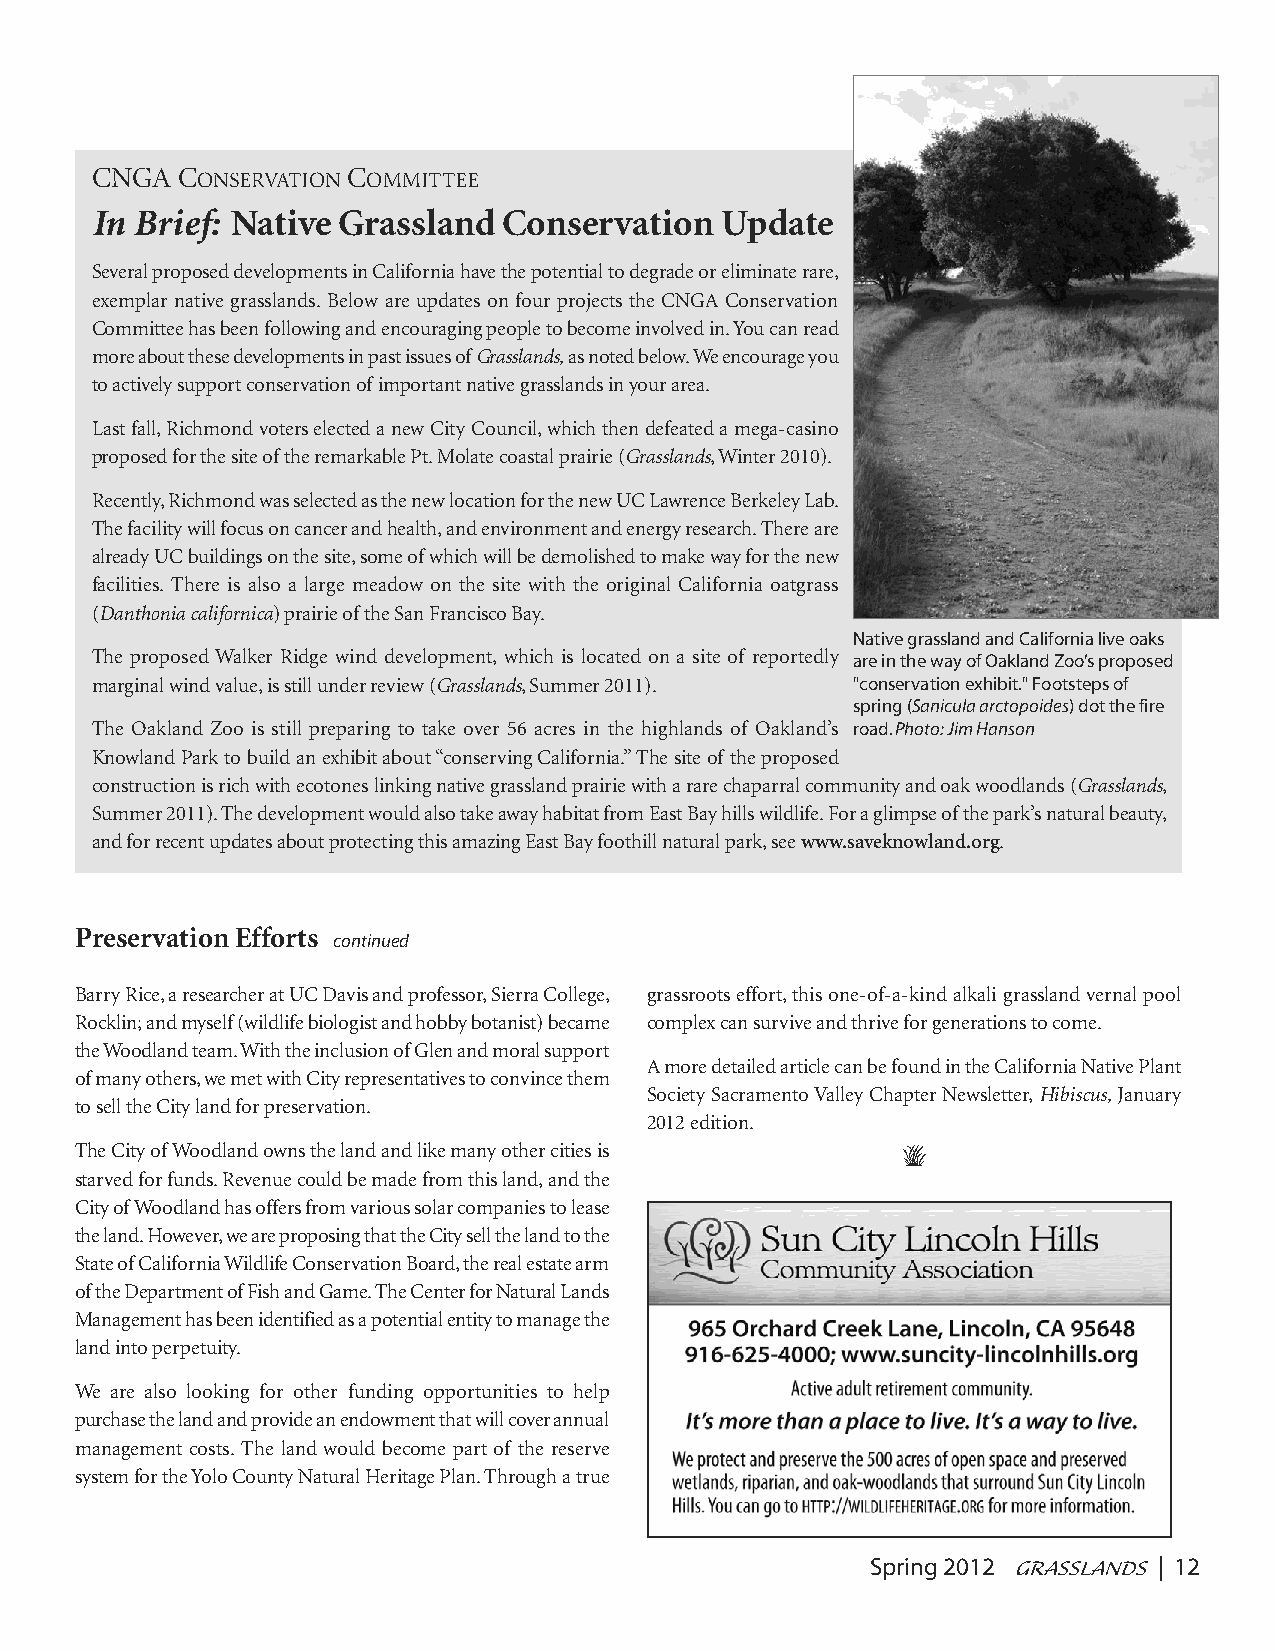
CNGA  CONSERVATION COMMITTEE
 In Brief: Native Grassland Conservation   Update
 Several proposed developments in California have the potential to degrade or eliminate rare,
 exemplar native grasslands. Below are updates on four projects the CNGA Conservation
 Committee has been following and encouraging people to become involved in. You can read
 more about these developments in past issues of Grasslands,as noted below. We encourage you
 to actively support conservation of important native grasslands in your area.
 Last fall, Richmond voters elected a new City Council, which then defeated a mega-casino
 proposed for the site of the remarkable Pt. Molate coastal prairie (Grasslands, Winter 2010).
 Recently, Richmond was selected as the new location for the new UC Lawrence Berkeley Lab.
 The facility will focus on cancer and health, and environment and energy research. There are
 already UC buildings on the site, some of which will be demolished to make way for the new
 facilities. There is also a large meadow on the site with the original California oatgrass
 (Danthonia californica) prairie of the San Francisco Bay.
 Native grassland and California live oaks
 The proposed Walker Ridge wind development, which is located on a site of reportedly are in the way of Oakland Zoo’s proposed
 marginal wind value, is still under review (Grasslands, Summer 2011). "conservation exhibit." Footsteps of
 spring (Sanicula arctopoides) dot the fire
 The Oakland Zoo is still preparing to take over 56 acres in the highlands of Oakland’s road. Photo: Jim Hanson
 Knowland Park to build an exhibit about “conserving California.” The site of the proposed
 construction is rich with ecotones linking native grassland prairie with a rare chaparral community and oak woodlands (Grasslands,
 Summer 2011). The development would also take away habitat from East Bay hills wildlife. For a glimpse of the park’s natural beauty,
 and for recent updates about protecting this amazing East Bay foothill natural park, see www.saveknowland.org.
 Preservation Efforts
 continued
 Barry Rice, a researcher at UC Davis and professor, Sierra College, grassroots effort, this one-of-a-kind alkali grassland vernal pool
 Rocklin; and myself (wildlife biologist and hobby botanist) became complex can survive and thrive for generations to come.
 the Woodland team. With the inclusion of Glen and moral support
 A more detailed article can be found in the California Native Plant
 of many others, we met with City representatives to convince them
 Society Sacramento Valley Chapter Newsletter, Hibiscus, January
 to sell the City land for preservation.
 2012 edition.
 The City of Woodland owns the land and like many other cities is (
 starved for funds. Revenue could be made from this land, and the
 City of Woodland has offers from various solar companies to lease
 the land. However, we are proposing that the City sell the land to the
 State of California Wildlife Conservation Board, the real estate arm
 of the Department of Fish and Game. The Center for Natural Lands
 Management has been identified as a potential entity to manage the
 land into perpetuity.
 We are also looking for other funding opportunities to help
 purchase the land and provide an endowment that will cover annual
 management costs. The land would become part of the reserve
 system for the Yolo County Natural Heritage Plan. Through a true
 Spring 2012 GRASSLANDS | 12